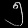
Digit: ၅